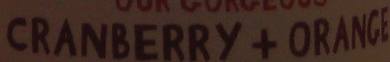
CRANBERRY + ORANGE